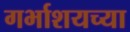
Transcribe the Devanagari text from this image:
गर्भाशयच्या